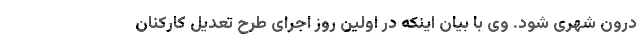
درون شهری شود. وی با بیان اینکه در اولین روز اجرای طرح تعدیل کارکنان